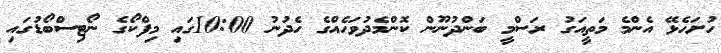
ހުށަހެޅޭ އެންމެ މަތީއަގު ރަސްމީ ބަންދުނޫން ކޮންމެދުވަހެއްގެ ހެދުނު 10:00ގައި މިފްކޯގެ ނޯޓިސްބޯޑުގައި